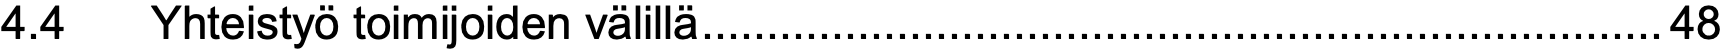
4.4  Yhteistyö toimijoiden välillä..........................................................................48